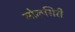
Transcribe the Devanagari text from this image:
मोलसिरी